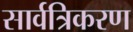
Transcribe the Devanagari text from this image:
सार्वत्रिकरण